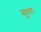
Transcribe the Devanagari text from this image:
सुरुर